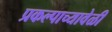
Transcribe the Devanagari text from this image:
प्रकल्पाच्यावेळी